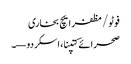
فوٹو/ مظفر ایچ بخاری
صحرائے کتپنا، اسکردو—۔